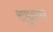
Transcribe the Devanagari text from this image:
समुहाचा